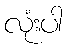
လုံးပါ